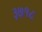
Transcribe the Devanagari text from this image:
३७१८